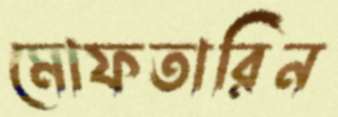
মোফতারিন